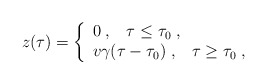
\begin{align*}z(\tau)=\left\{\begin{array}{l}0 \; , \;\;\; \tau\leq \tau_0 \; , \\v\gamma(\tau -\tau_0) \; , \;\;\; \tau\geq \tau_0 \; , \end{array}\right.\end{align*}